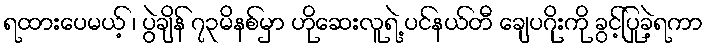
ရထားပေမယ့် ၊ ပွဲချိန် ၇၃မိနစ်မှာ ဟိုဆေးလူရဲ့ ပင်နယ်တီ ချေပဂိုးကို ခွင့်ပြုခဲ့ရကာ